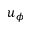
u _ { \phi }